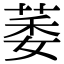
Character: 萎